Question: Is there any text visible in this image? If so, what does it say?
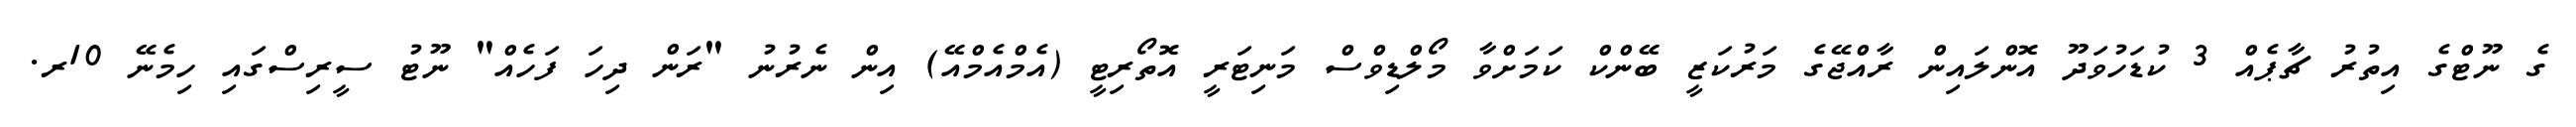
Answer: ގެ ނޫޓްގެ އިތުރު ޗާޕެއް 3 ކުޑަހުވަދޫ އޮންލައިން ރާއްޖޭގެ މަރުކަޒީ ބޭންކް ކަމަށްވާ މޯލްޑިވްސް މަނިޓަރީ އޮތޯރިޓީ (އެމްއެމްއޭ) އިން ނެރުނު "ރަން ދިހަ ފަހެއް" ނޫޓު ސީރިސްގައި ހިމެނޭ 10ރ.